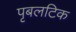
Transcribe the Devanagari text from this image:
पृबलटिक